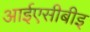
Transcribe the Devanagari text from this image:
आईएसीबीइ